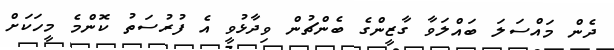
ދެން މައްސަލަ ބައްލަވާ ގާޒީންގެ ބެންޗުން ވިދާޅުވީ އެ ފުރުސަތު ކޮންމެ މީހަކަށް